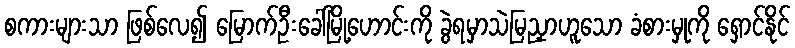
စကားများသာ ဖြစ်လေ၍ မြောက်ဦးခေါ်မြို့ဟောင်းကို ခွဲရမှာသဲမြညှာဟူသော ခံစားမှုကို ရှောင်နိုင်